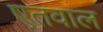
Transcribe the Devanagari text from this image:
एतवाल